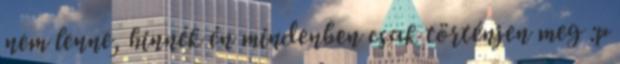
nem lenne, hinnék én mindenben csak történjen meg :p